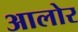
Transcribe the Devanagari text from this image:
आलोर